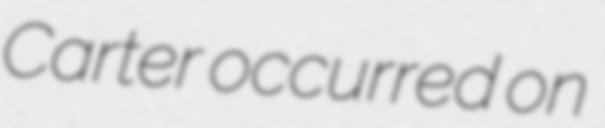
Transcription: Carter occurred on